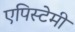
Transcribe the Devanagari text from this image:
एपिस्टेमी